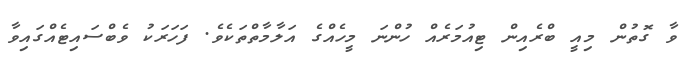
ވާ ގޮތުން މިއީ ބްރެއިން ޓިއުމަރެއް ހުންނަ މީހެއްގެ އަލާމާތްތަކެވެ. ފަހަރަކު ވެބްސައިޓެއްގައިވާ